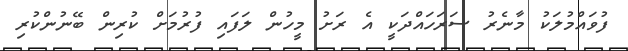
ފުވައްމުލަކު މާނެރު ސަރަހައްދަކީ އެ ރަށު މީހުން ލަފައި ފުރުމަށް ކުރިން ބޭނުންކުރި